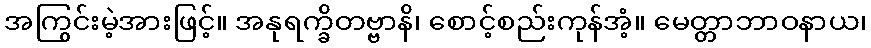
အကြွင်းမဲ့အားဖြင့်။ အနုရက္ခိတဗ္ဗာနိ၊ စောင့်စည်းကုန်အံ့။ မေတ္တာဘာဝနာယ၊